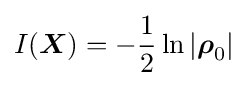
I({\boldsymbol {X}})=-{1 \over 2}\ln |{\boldsymbol {\rho }}_{0}|